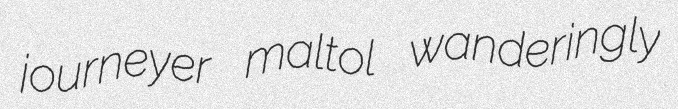
journeyer maltol wanderingly